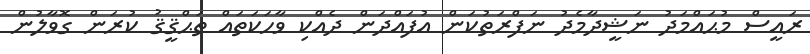
ރައީސް މުޙައްމަދު ނަޝީދާމެދު ނަފްރަތުކަން އުފައްދަން ދެއްކި ވާހަކަތައް ތަޙްޤީޤު ކުރަން ގޮވާލުން